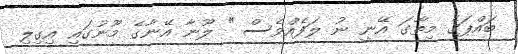
ބައްޕަގެ މިތާގަ އޭނީ ނު ލަފެއްވެސް " ލޫނާ އޭނާގެ މޫނުގައި އިގިލި